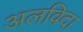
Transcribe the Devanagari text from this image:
अलविदा